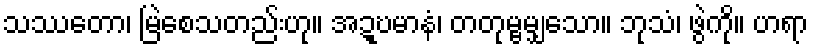
သဿတော၊ မြဲစေသတည်းဟု။ အဍ္ဎမာနံ၊ တတုမ္ဗမျှသော။ ဘုသံ၊ ဖွဲကို။ ဟရာ